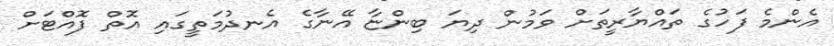
އެންމެ ފަހުގެ ތައްޔާރީތަށް ވަމުން ދިޔަ ބިންޏާ އޭނާގެ އެނދުމަތީގައި އޮތް ފޮއްޓަށް